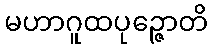
မဟာဂူထပုဉ္ဇောတိ